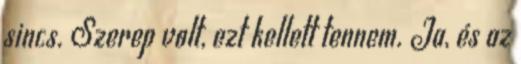
sincs. Szerep volt, ezt kellett tennem. Ja, és az